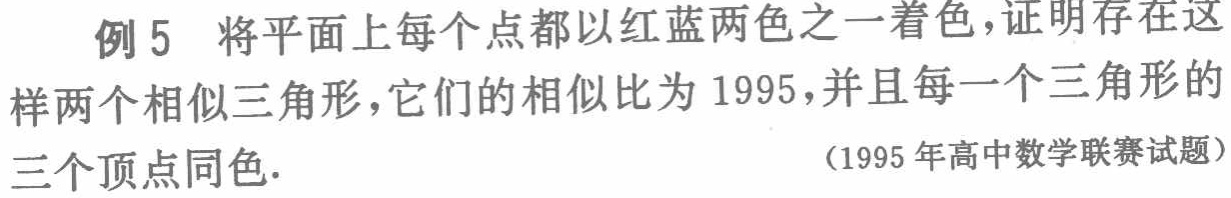
例5 将平面上每个点都以红蓝两色之一着色，证明存在这样两个相似三角形，它们的相似比为 1995，并且每一个三角形的三个顶点同色.

（1995 年高中数学联赛试题）